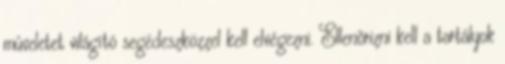
mûveletet világító segédeszközzel kell elvégezni. Ellenõrizni kell a tartályok